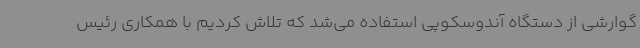
گوارشی از دستگاه آندوسکوپی استفاده می‌شد که تلاش کردیم با همکاری رئیس